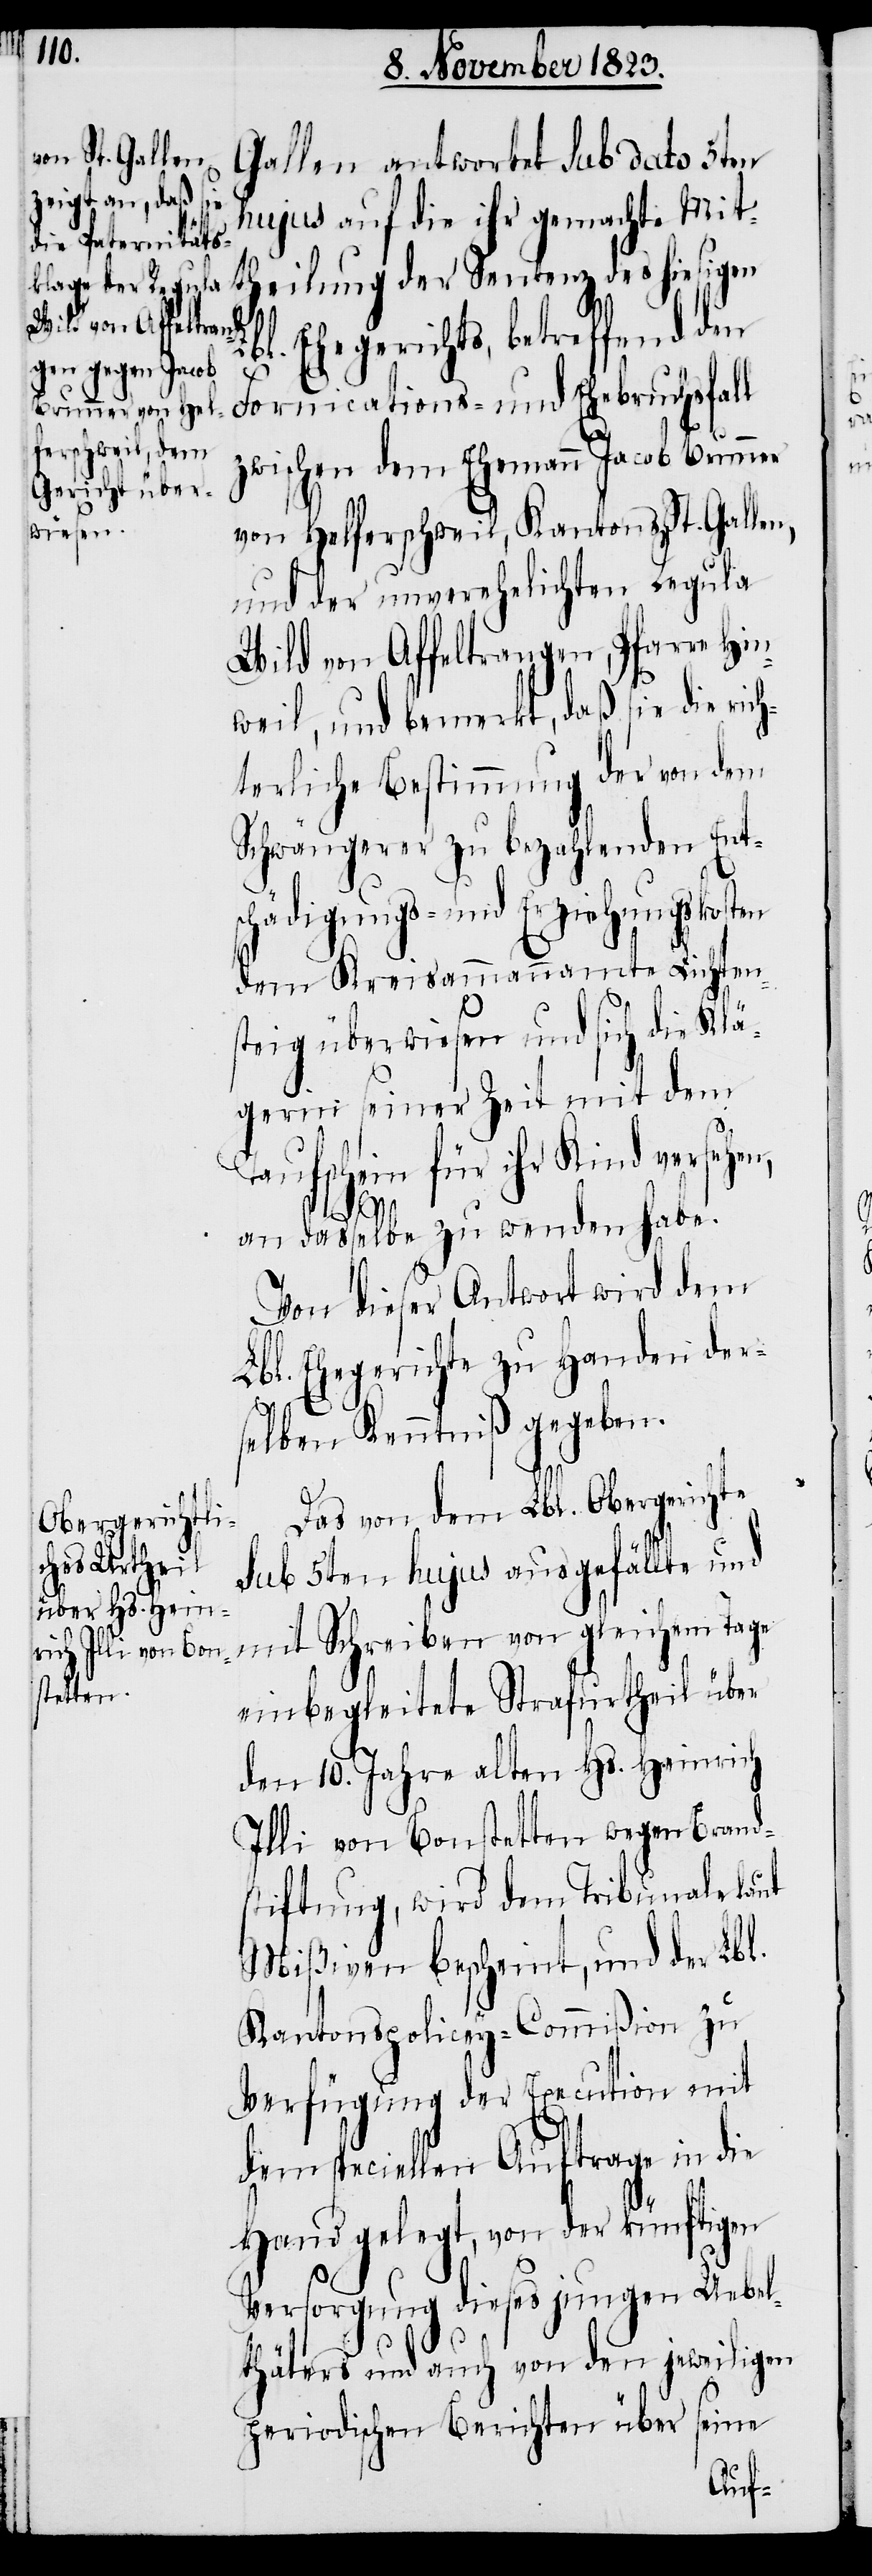
Gallen antwortet sub dato 5ten
hujus auf die ihr gemachte Mit¬
heilung der Sentenz des hiesigen
L¬
bl. Ehegerichts, betreffend den
Fornications- und Ehebruchsfall
zwischen dem Ehemann Jacob Brunner
von Helferschweil, Kantons St. Gallen,
und der unverehelichten Regula
Wild von Affeltrangen, Pfarre Hin¬
weil, und bemerkt, daß sie die ric¬
hterliche Bestimmung der von dem
Schwängerer zu bezahlenden Ents¬
chädigungs- und Erziehungskosten
dem Kreisammannamte Lichten¬
steig überwiesen und sich die Klä¬
gerin seiner Zeit mit dem
Taufschein für ihr Kind versehen,
an dasselbe zu wenden habe.
Von dieser Antwort wird dem
Lbl. Ehegerichte zu Handen der¬
selben Kenntniß gegeben.
Das von dem Lbl. Obergerichte
sub 5ten hujus ausgefällte und
mit Schreiben von gleichem Tage
einbegleitete Strafurtheil über
den 10. Jahre alten Hs. Heinrich
Illi von Bonstetten wegen Brand¬
stiftung, wird dem Tribunale laut
Mißiven bescheint, und der Lbl.
Kantonspolicey-Commißion zu
Verfügung der Execution mit
dem speciellen Auftrage in die
Hand gelegt, von der künftigen
Versorgung dieses jungen Uebel¬
thäters und auch von den jeweiligen
periodischen Berichten über seine